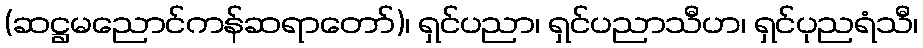
(ဆဋ္ဌမညောင်ကန်ဆရာတော်)၊ ရှင်ပညာ၊ ရှင်ပညာသီဟ၊ ရှင်ပုညရံသီ၊